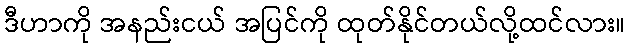
ဒီဟာကို အနည်းငယ် အပြင်ကို ထုတ်နိုင်တယ်လို့ထင်လား။